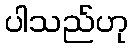
ပါသည်ဟု